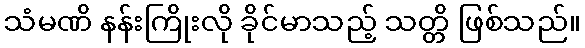
သံမဏိ နန်းကြိုးလို ခိုင်မာသည့် သတ္တိ ဖြစ်သည်။